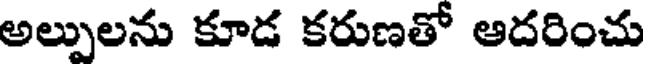
అల్పులను కూడ కరుణతో ఆదరించు